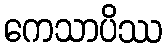
ကေသာပိဿ